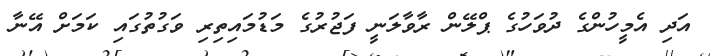
އަދި އެމީހުންގެ ދުވަހުގެ ޕްލޭން ރާވާލަނީ ފަޖުރުގެ މަޑުމައިތިރި ވަގުތުގައި ކަމަށް އޭނާ